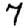
Digit: 7